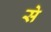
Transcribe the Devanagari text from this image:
से